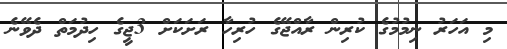
މި އަހަރު ނިމުމުގެ ކުރިން ރާއްޖޭގެ ހުރިހާ ރަށަކަށް 3ޖީގެ ހިދުމަތް ދެވޭނެ